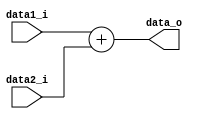
module Adder(data1_i, data2_i, data_o);

input 	[31:0] 	data1_i, data2_i;
output	[31:0]	data_o;

assign data_o = data1_i + data2_i;

endmodule